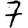
Digit: 7